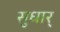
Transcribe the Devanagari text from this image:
सुधार्